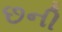
છની